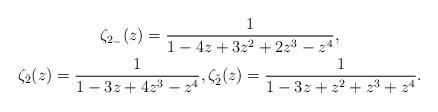
LaTeX: \begin{gather*}\zeta_{2_{-}}(z)= \frac{1}{1 - 4z + 3 z^2 + 2 z^3 - z^4}, \\\zeta_{\bar{2}}(z)=\frac{1}{ 1 - 3z + 4 z^3 - z^4}, \zeta_{\tilde{2}}(z)=\frac{1}{ 1 - 3z + z^2 + z^3 + z^4}.\end{gather*}